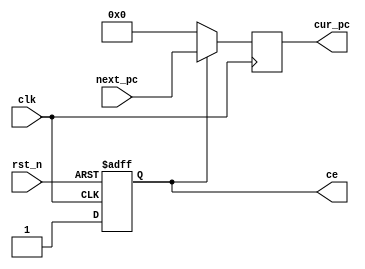
`timescale 1ns / 1ps
//////////////////////////////////////////////////////////////////////////////////
// Company: 
// Engineer: 
// 
// Design Name: 
// Module Name: pc_reg
// Project Name: 
// Target Devices: 
// Tool Versions: 
// Description: 
// 
// Dependencies: 
// 
// Revision:
// Revision 0.01 - File Created
// Additional Comments:
// 
//////////////////////////////////////////////////////////////////////////////////


module pc_reg(
    input              clk,
    input              rst_n,
    input [31:0]       next_pc,

    output reg [31:0]  cur_pc,
    output reg         ce
    );

    always @ (posedge clk or negedge rst_n) begin
        if(~rst_n)
            ce <= 1'b0;
        else
            ce <= 1'b1;      
    end

    always @ (posedge clk) begin
        if(~ce)
            cur_pc <= 32'b0;
        else
            cur_pc <= next_pc;
    end    
endmodule